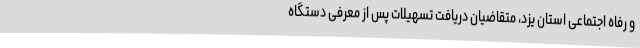
و رفاه اجتماعی استان یزد، متقاضیان دریافت تسهیلات پس از معرفی دستگاه